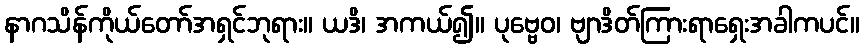
နာဂသိန်ကိုယ်တော်အရှင်ဘုရား။ ယဒိ၊ အကယ်၍။ ပုဗ္ဗေဝ၊ ဗျာဒိတ်ကြားရာရှေးအခါကပင်။